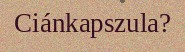
Ciánkapszula?